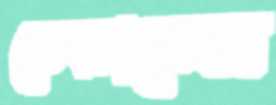
ভেংচাতেম